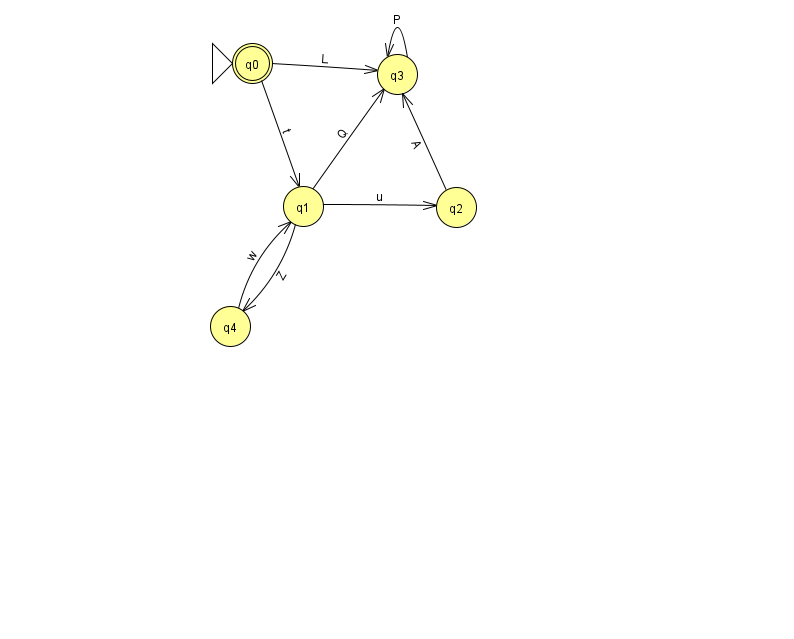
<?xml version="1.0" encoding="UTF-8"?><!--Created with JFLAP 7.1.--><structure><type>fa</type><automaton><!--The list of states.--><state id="0" name="q0"><x>252.0</x><y>50.0</y><initial/><final/></state><state id="1" name="q1"><x>303.0</x><y>193.0</y></state><state id="2" name="q2"><x>456.0</x><y>194.0</y></state><state id="3" name="q3"><x>397.0</x><y>61.0</y></state><state id="4" name="q4"><x>230.0</x><y>313.0</y></state><!--The list of transitions.--><transition><from>1</from><to>3</to><read>Q</read></transition><transition><from>3</from><to>3</to><read>P</read></transition><transition><from>4</from><to>1</to><read>w</read></transition><transition><from>0</from><to>3</to><read>L</read></transition><transition><from>0</from><to>1</to><read>t</read></transition><transition><from>1</from><to>2</to><read>u</read></transition><transition><from>2</from><to>3</to><read>A</read></transition><transition><from>1</from><to>4</to><read>Z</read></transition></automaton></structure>